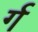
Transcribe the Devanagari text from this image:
र्ग